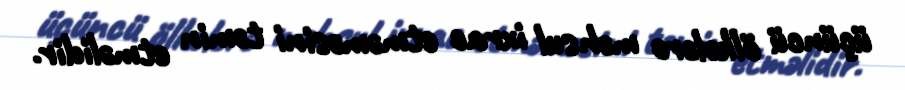
üçüncü ölkələrə məhsul ixrac etməməsini təmin etməlidir.